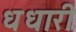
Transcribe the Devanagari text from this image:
धधारी